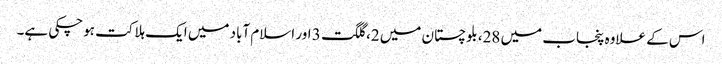
اس کے علاوہ پنجاب میں 28، بلوچستان میں 2، گلگت 3 اور اسلام آباد میں ایک ہلاکت ہوچکی ہے۔